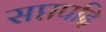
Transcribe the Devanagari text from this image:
सप्तपदि